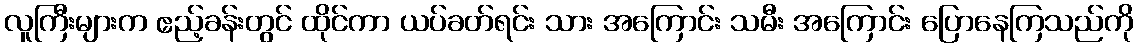
လူကြီးများက ဧည့်ခန်းတွင် ထိုင်ကာ ယပ်ခတ်ရင်း သား အကြောင်း သမီး အကြောင်း ပြောနေကြသည်ကို